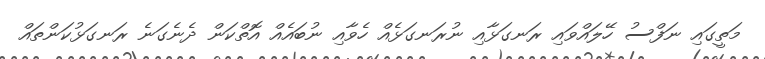
މަތީގައި ނަފްސު ހޭލައްވައި ރަނގަޅާއި ނުރަނގަޅެއް ހެވާއި ނުބައެއް އޮތްކަން ދެނެގަނެ ރަނގަޅުކަންތައް